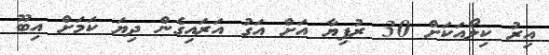
އިރު ކިލޯއަކަށް 30 ރުފިޔާ އަށް އަގު އަރައިގެން ދިޔަ ކަމަށް އިބޫ